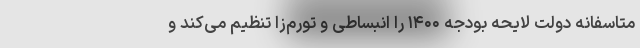
متاسفانه دولت لایحه بودجه ۱۴۰۰ را انبساطی و تورم‌زا تنظیم می‌کند و